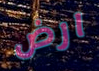
ارض